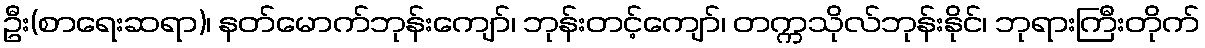
ဦး(စာရေးဆရာ)၊ နတ်မောက်ဘုန်းကျော်၊ ဘုန်းတင့်ကျော်၊ တက္ကသိုလ်ဘုန်းနိုင်၊ ဘုရားကြီးတိုက်